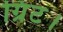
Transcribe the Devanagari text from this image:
ग्रिंट।